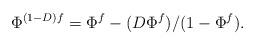
LaTeX: \begin{align*}\Phi^{(1- D)f} =\Phi^{f}- (D \Phi^{f}) / ( 1-\Phi^{f}).\end{align*}